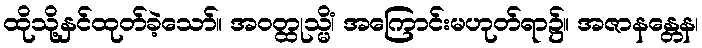
ထိုသို့နှင်ထုတ်ခဲ့သော်။ အဝတ္ထုသ္မိံ၊ အကြောင်းမဟုတ်ရာ၌။ အဇာနန္တေန၊